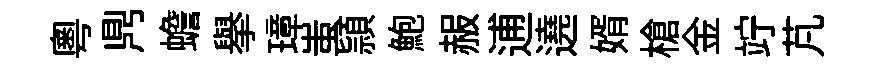
粵𪔂蟾舉璋蚩頴鮑赧逋遶婿槍金竚芃